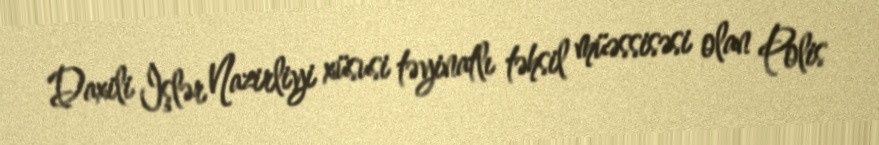
Daxili İşlər Nazirliyi xüsusi təyinatlı təhsil müəssisəsi olan Polis